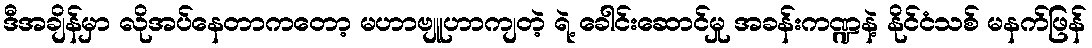
ဒီအချိန်မှာ လိုအပ်နေတာကတော့ မဟာဗျူဟာကျတဲ့ ရဲ့ ခေါင်းဆောင်မှု အခန်းကဏ္ဍနဲ့ နိုင်ငံသစ် မနက်ဖြန်